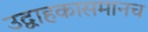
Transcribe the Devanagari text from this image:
उद्वाहकासमानच